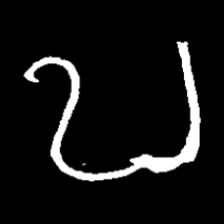
Pyu character \u2014 Myanmar letter: ဎ (romanized: ddha)